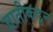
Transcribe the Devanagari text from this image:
जातीकडून